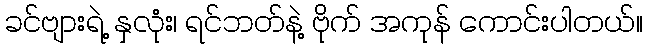
ခင်ဗျားရဲ့ နှလုံး၊ ရင်ဘတ်နဲ့ ဗိုက် အကုန် ကောင်းပါတယ်။